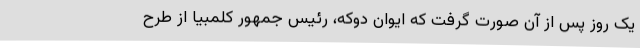
یک روز پس از آن صورت گرفت که ایوان دوکه، رئیس جمهور کلمبیا از طرح